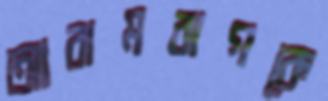
আরামবাগকে